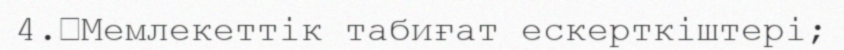
4.	Мемлекеттік табиғат ескерткіштері;